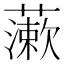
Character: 𧀌